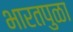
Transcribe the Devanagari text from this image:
भारतपुळा